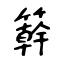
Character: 簳